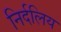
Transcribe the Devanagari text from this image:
निर्दलिय